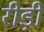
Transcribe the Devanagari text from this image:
रीड़ी